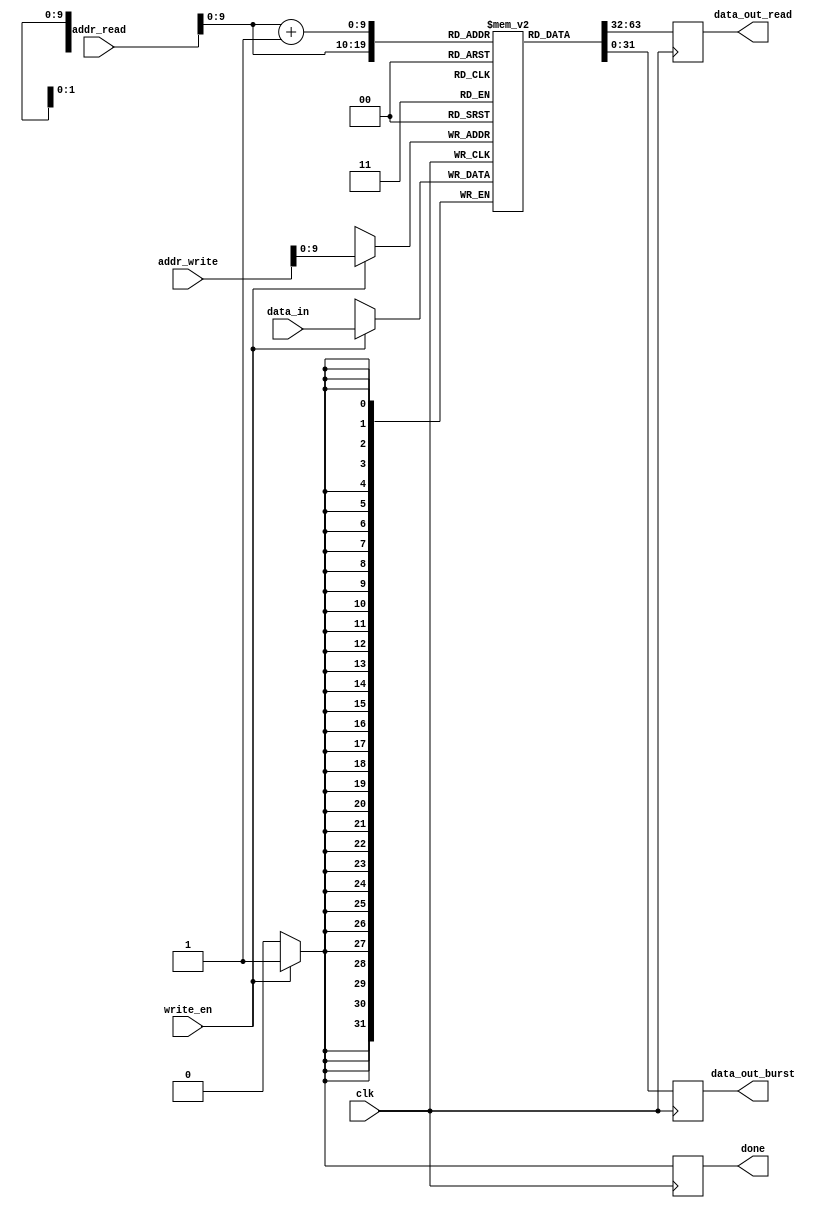
module dual_port_ram (
    input wire clk,
    input wire [31:0] addr_read,
    input wire [31:0] addr_write,
    input wire [31:0] data_in,
    input wire write_en,
    output reg [31:0] data_out_read,
    output wire [31:0] data_out_burst,
    output reg done
);

reg [31:0] memory [0:1023];

always @(posedge clk) begin
    if (write_en) begin
        memory[addr_write] <= data_in;
        done <= 1;
    end else begin
        done <= 0;
    end
    
    data_out_read <= memory[addr_read];
    data_out_burst <= memory[addr_read + 1];
end

endmodule